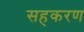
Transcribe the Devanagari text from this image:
सहकरण